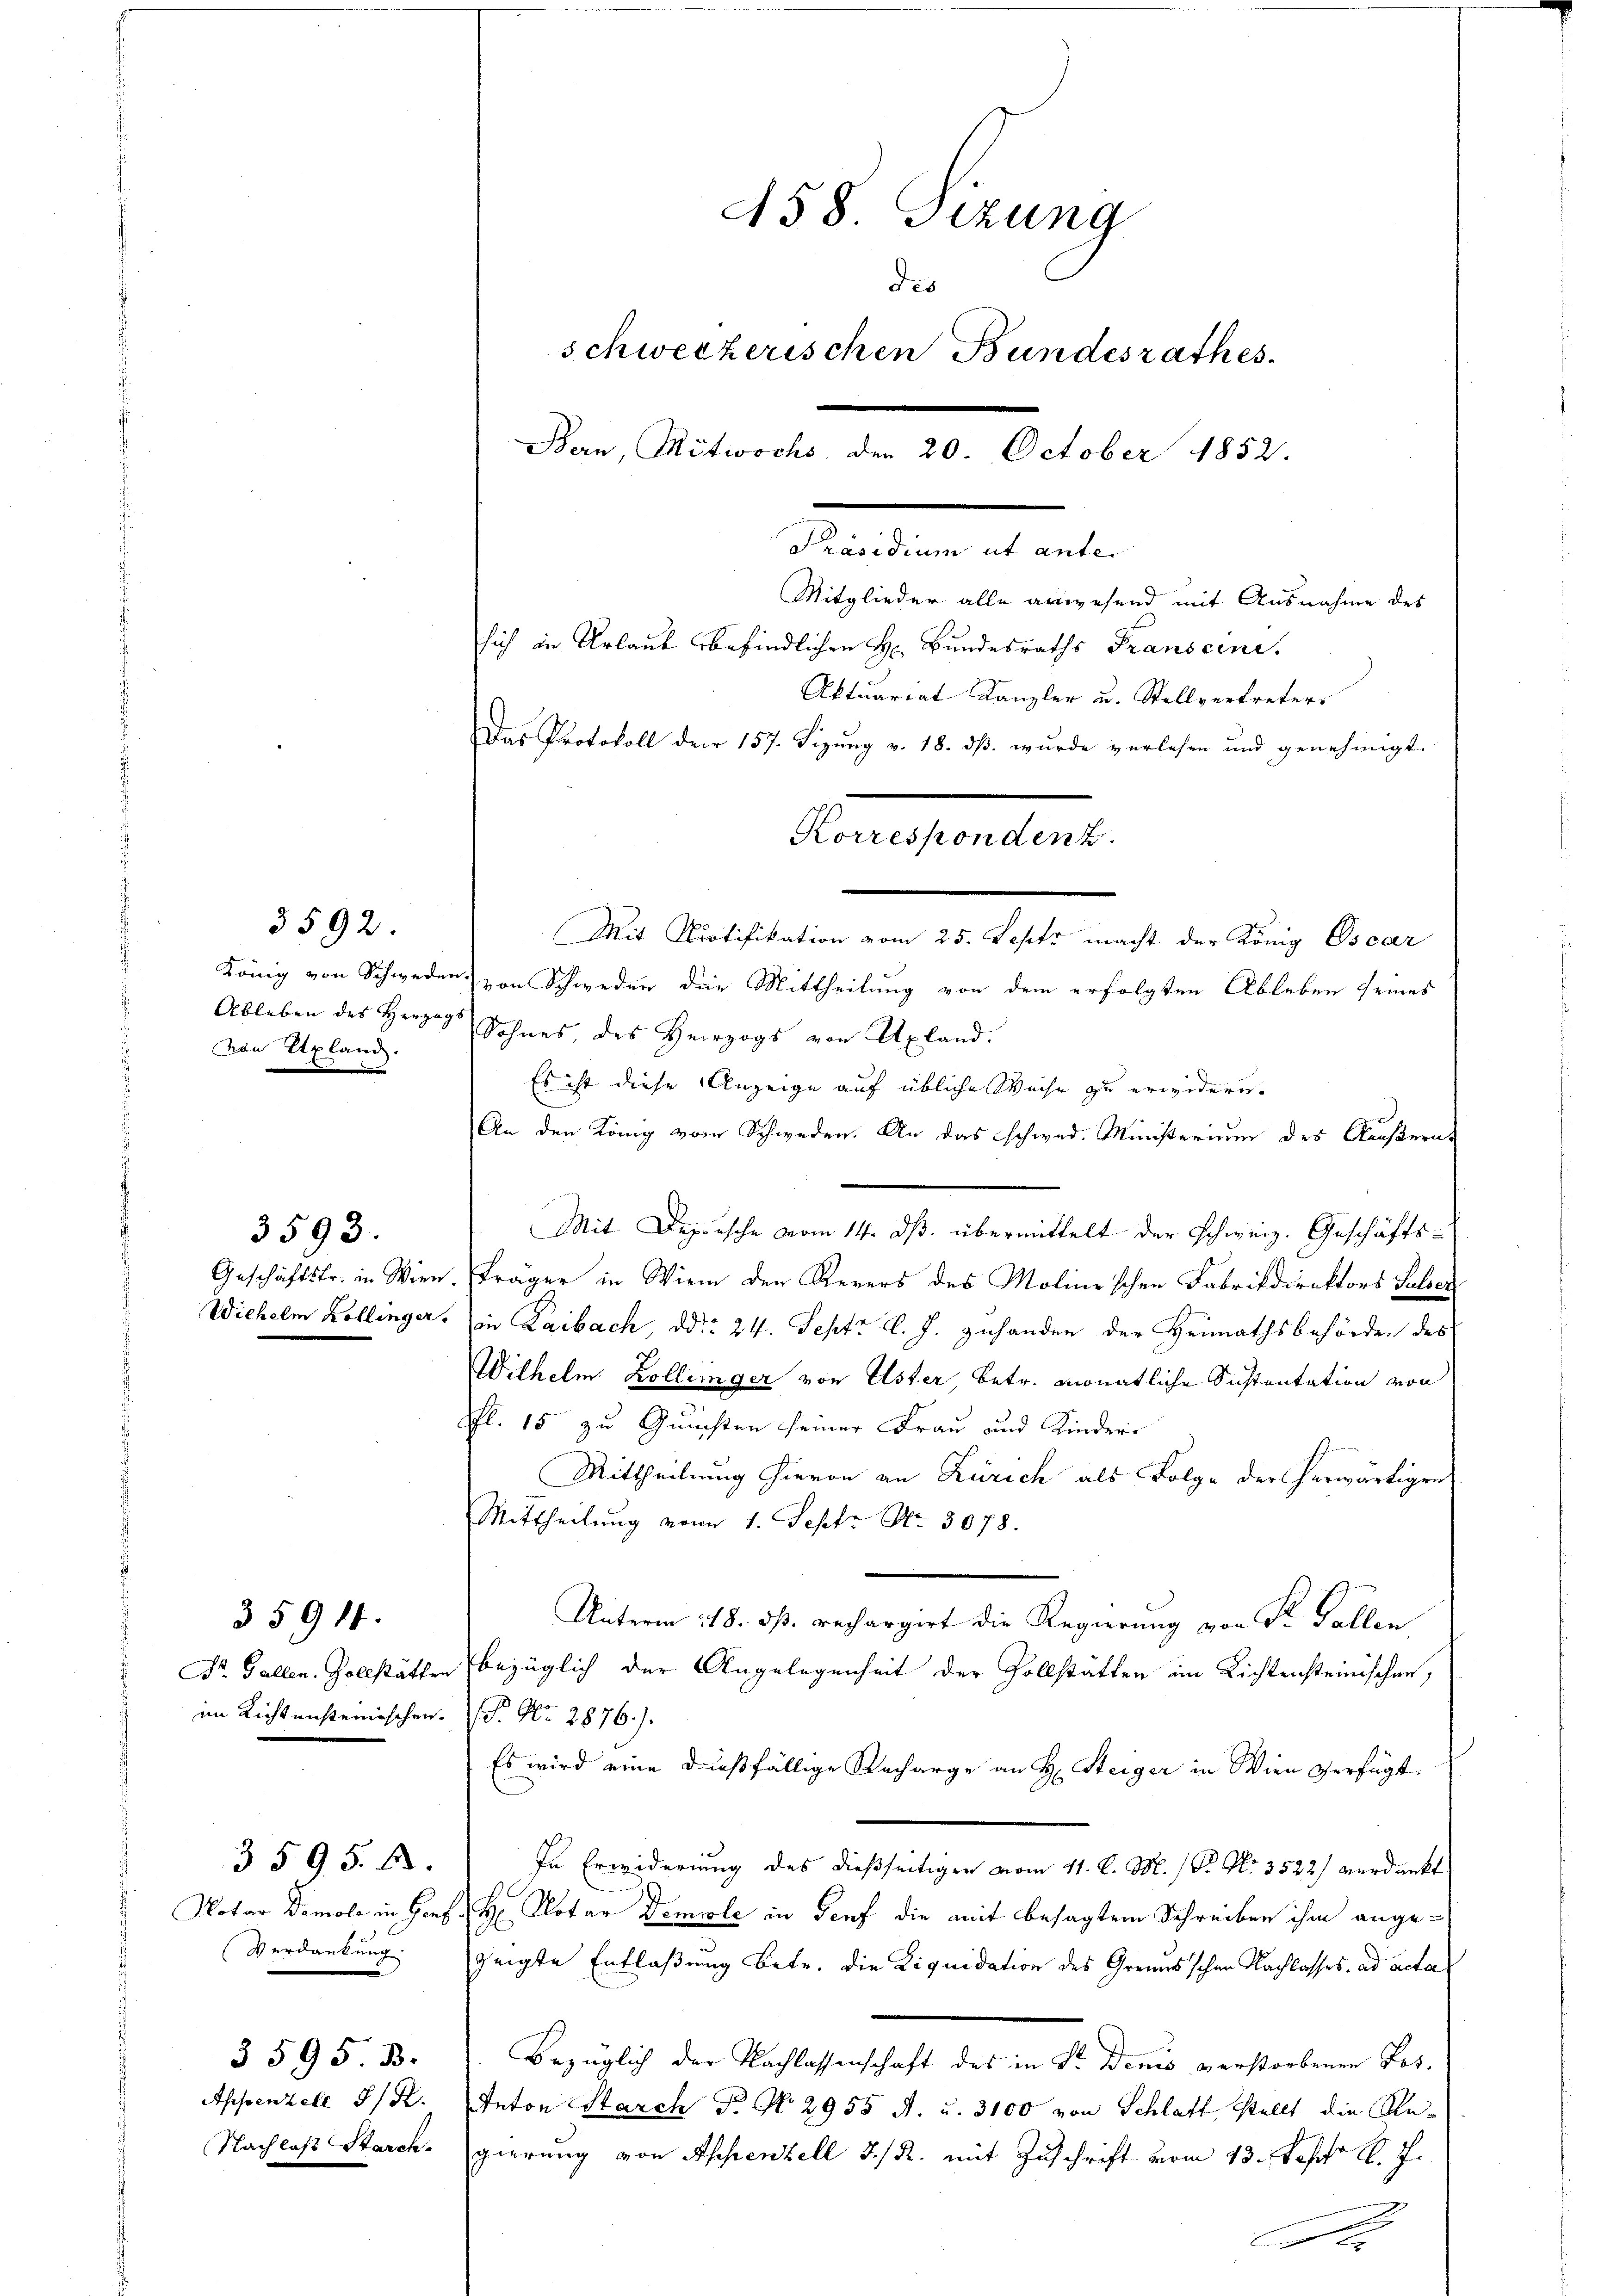
3592.

König von Schweden
von Alpland.

Geschäftsfr. in Wien.
Wichelm Kollinger.

3593.

3 594.

Dr. Gallen. Zollstätte
im Richtensteinischen

3595. 12.
Notar Demola in Genf
Verdankung.

Appenzell I/R
Nachlaß Starck.

3595 B.

Aktuariat Kanzler u. Stellvertreters
Das Protokoll der 157. Sizung v. 18. dß wurde verlesen und genehmigt.
Mit Protifikation vom 25. Septr macht der König Oscar
von Schweden die Mittheilung von dem erfolgten Ableben seines
Ableben des Herzog Sohnes des Herzogs von Apland.
Es ist diese Anzeige auf übliche Weise zu erwideren.
An den König vom Schweden. An das schwed. Ministerium des Äußern
Mit Deporsche vom 14. ds. übermittelt der Schweiz. Geschäfts¬
Träger in Wien den Revers des Molinischen Fabrikdirektors Pulsein Laibach, ddo 24. Sept. l. J. zuhanden der Heimathsbehörden des
Wilhelm Zollinger von Uster Betr. monatliche Sistentation von
Pfl. 15 zu Quüchten seiner Frau und Kinder¬
Mittheilung hievon an Zürich als Folge der herwärtigen
Mittheilung vom 1. Sept No. 3078.
Unterm 18. ds. rechargirt die Regierung von Sr. Gallen
bezüglich der Angelegenheit der Zollstatten im Lichtensteinischen,
P. Nr. 2876.).
Es wird eine dießfällige Recharge an H. Steiger in Wien verfügt.
In Erwiderung des dießseitigen vom 11. d. M. Dr. No. 3522) verdankt
H. Notar Demole in Genf die mit besagtem Schreiben ihm angezeigte Entlaßung betr. die Liquidation des Grens schen Nachlasses, ad acta
Bezüglich der Nachlassenschaft des in Sr. Denis verstorbenen Pos.
Anton Starch P. Nr. 2955 f. u. 3100 von Schlaft stellt die Regierung von Appenzell I/R. mit Zuschrift vom 13. Septbr l. J.

458. Sizung
des
schweizerischen Bundesrathes
Bern, Mitwochs, den 20. October 1852.
Präsidium ut anter
Mitglieder alle anwesend mit Ausnahme des
sich in Urlaub befindlichen H. Bundesraths Transcine.

Korresponden.

e